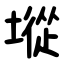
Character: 㙡